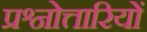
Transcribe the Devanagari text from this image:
प्रश्नोत्तारियों